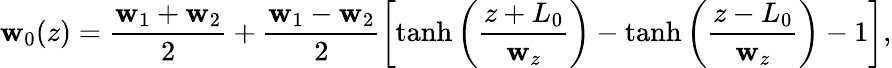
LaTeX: \mathbf{w}_{0}(z)=\frac{{\mathbf{w}_{1}+\mathbf{w}_{2}}}{{2}}+\frac{{\mathbf{w}_{1}-\mathbf{w}_{2}}}{{2}}\left[\operatorname{tanh}\left(\frac{{z+L_{0}}}{{\mathbf{w}_{z}}}\right)-\operatorname{tanh}\left(\frac{{z-L_{0}}}{{\mathbf{w}_{z}}}\right)-1\right],